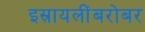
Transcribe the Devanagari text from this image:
इस्रायलींबरोबर